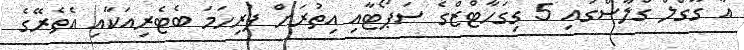
އާ ގޫގްލް ގްލާސްގައި 5 ގިގަހާޓްޒްގެ ސަޕޯޓާއި އިތުރަށް ފުރިހަމަ ބެޓެރިއަކާއި އެތެރޭގެ